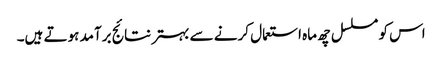
اس کو مسلسل چھ ماہ استعمال کرنے سے بہتر نتائج برآمد ہوتے ہیں۔